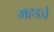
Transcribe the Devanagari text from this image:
महडचे